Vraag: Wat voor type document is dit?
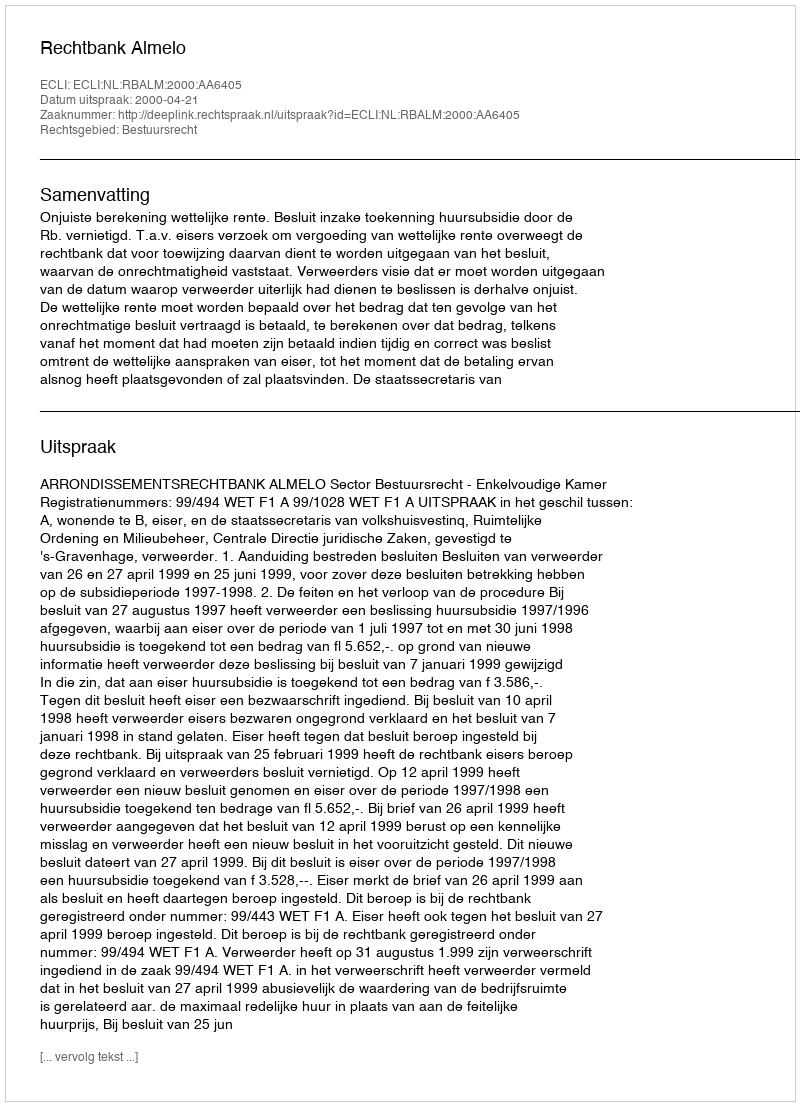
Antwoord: Uitspraak